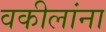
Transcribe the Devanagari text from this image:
वकीलांना